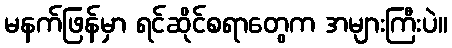
မနက်ဖြန်မှာ ရင်ဆိုင်စရာတွေက အများကြီးပဲ။